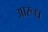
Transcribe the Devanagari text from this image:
आरूध